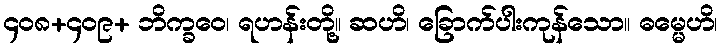
၄၀၈+၄၀၉+ ဘိက္ခဝေ၊ ရဟန်းတို့။ ဆဟိ၊ ခြောက်ပါးကုန်သော။ ဓမ္မေဟိ၊